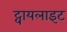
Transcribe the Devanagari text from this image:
ट्वायलाइट